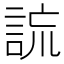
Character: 𧧢